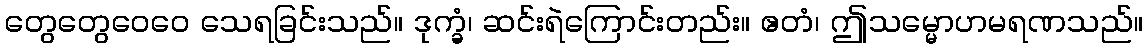
တွေတွေဝေဝေ သေရခြင်းသည်။ ဒုက္ခံ၊ ဆင်းရဲကြောင်းတည်း။ ဧတံ၊ ဤသမ္မောဟမရဏသည်။